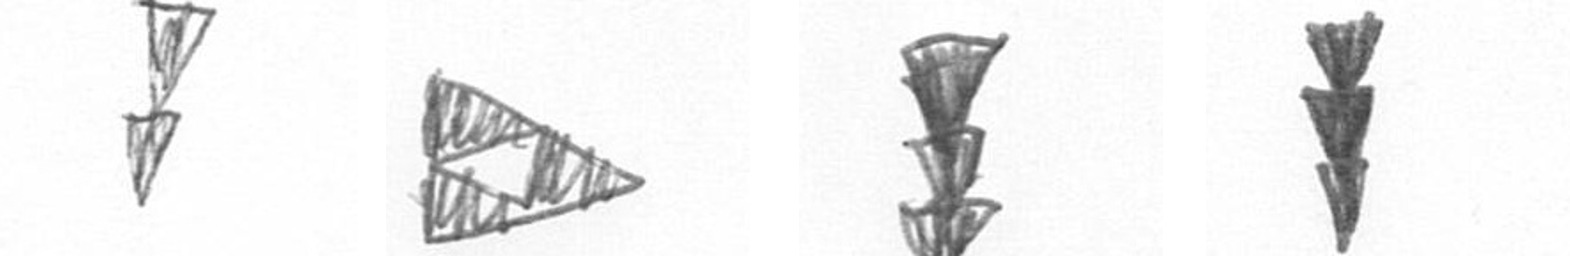
Z K E E